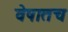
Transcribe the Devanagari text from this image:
वेषातच